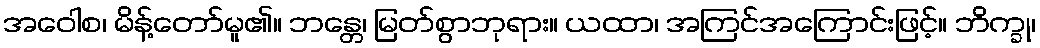
အဝေါစ၊ မိန့်တော်မူ၏။ ဘန္တေ၊ မြတ်စွာဘုရား။ ယထာ၊ အကြင်အကြောင်းဖြင့်။ ဘိက္ခု၊